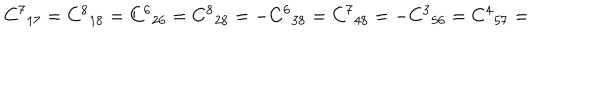
LaTeX: { C ^ { 7 } } _ { 1 7 } = { C ^ { 8 } } _ { 1 8 } = { C ^ { 6 } } _ { 2 6 } = { C ^ { 8 } } _ { 2 8 } = - { C ^ { 6 } } _ { 3 8 } = { C ^ { 7 } } _ { 4 8 } = - { C ^ { 3 } } _ { 5 6 } = { C ^ { 4 } } _ { 5 7 } =